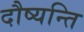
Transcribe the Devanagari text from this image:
दौष्यन्ति